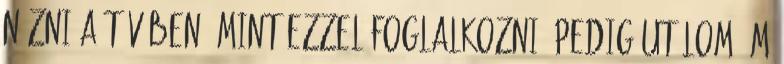
nézni a tévében, mint ezzel foglalkozni, pedig utálom ám